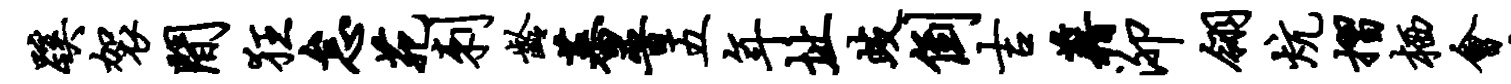
蹊袈间狂怠苑刺龄蕃晋五年址歧倒吉藉泖翎炕摺栖会尘